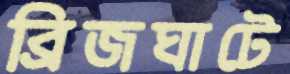
ব্রিজঘাটে